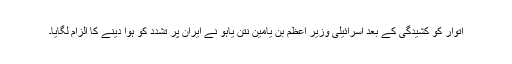
اتوار کو کشیدگی کے بعد اسرائیلی وزیر اعظم بن یامین نتن یاہو نے ایران پر تشدد کو ہوا دینے کا الزام لگایا۔